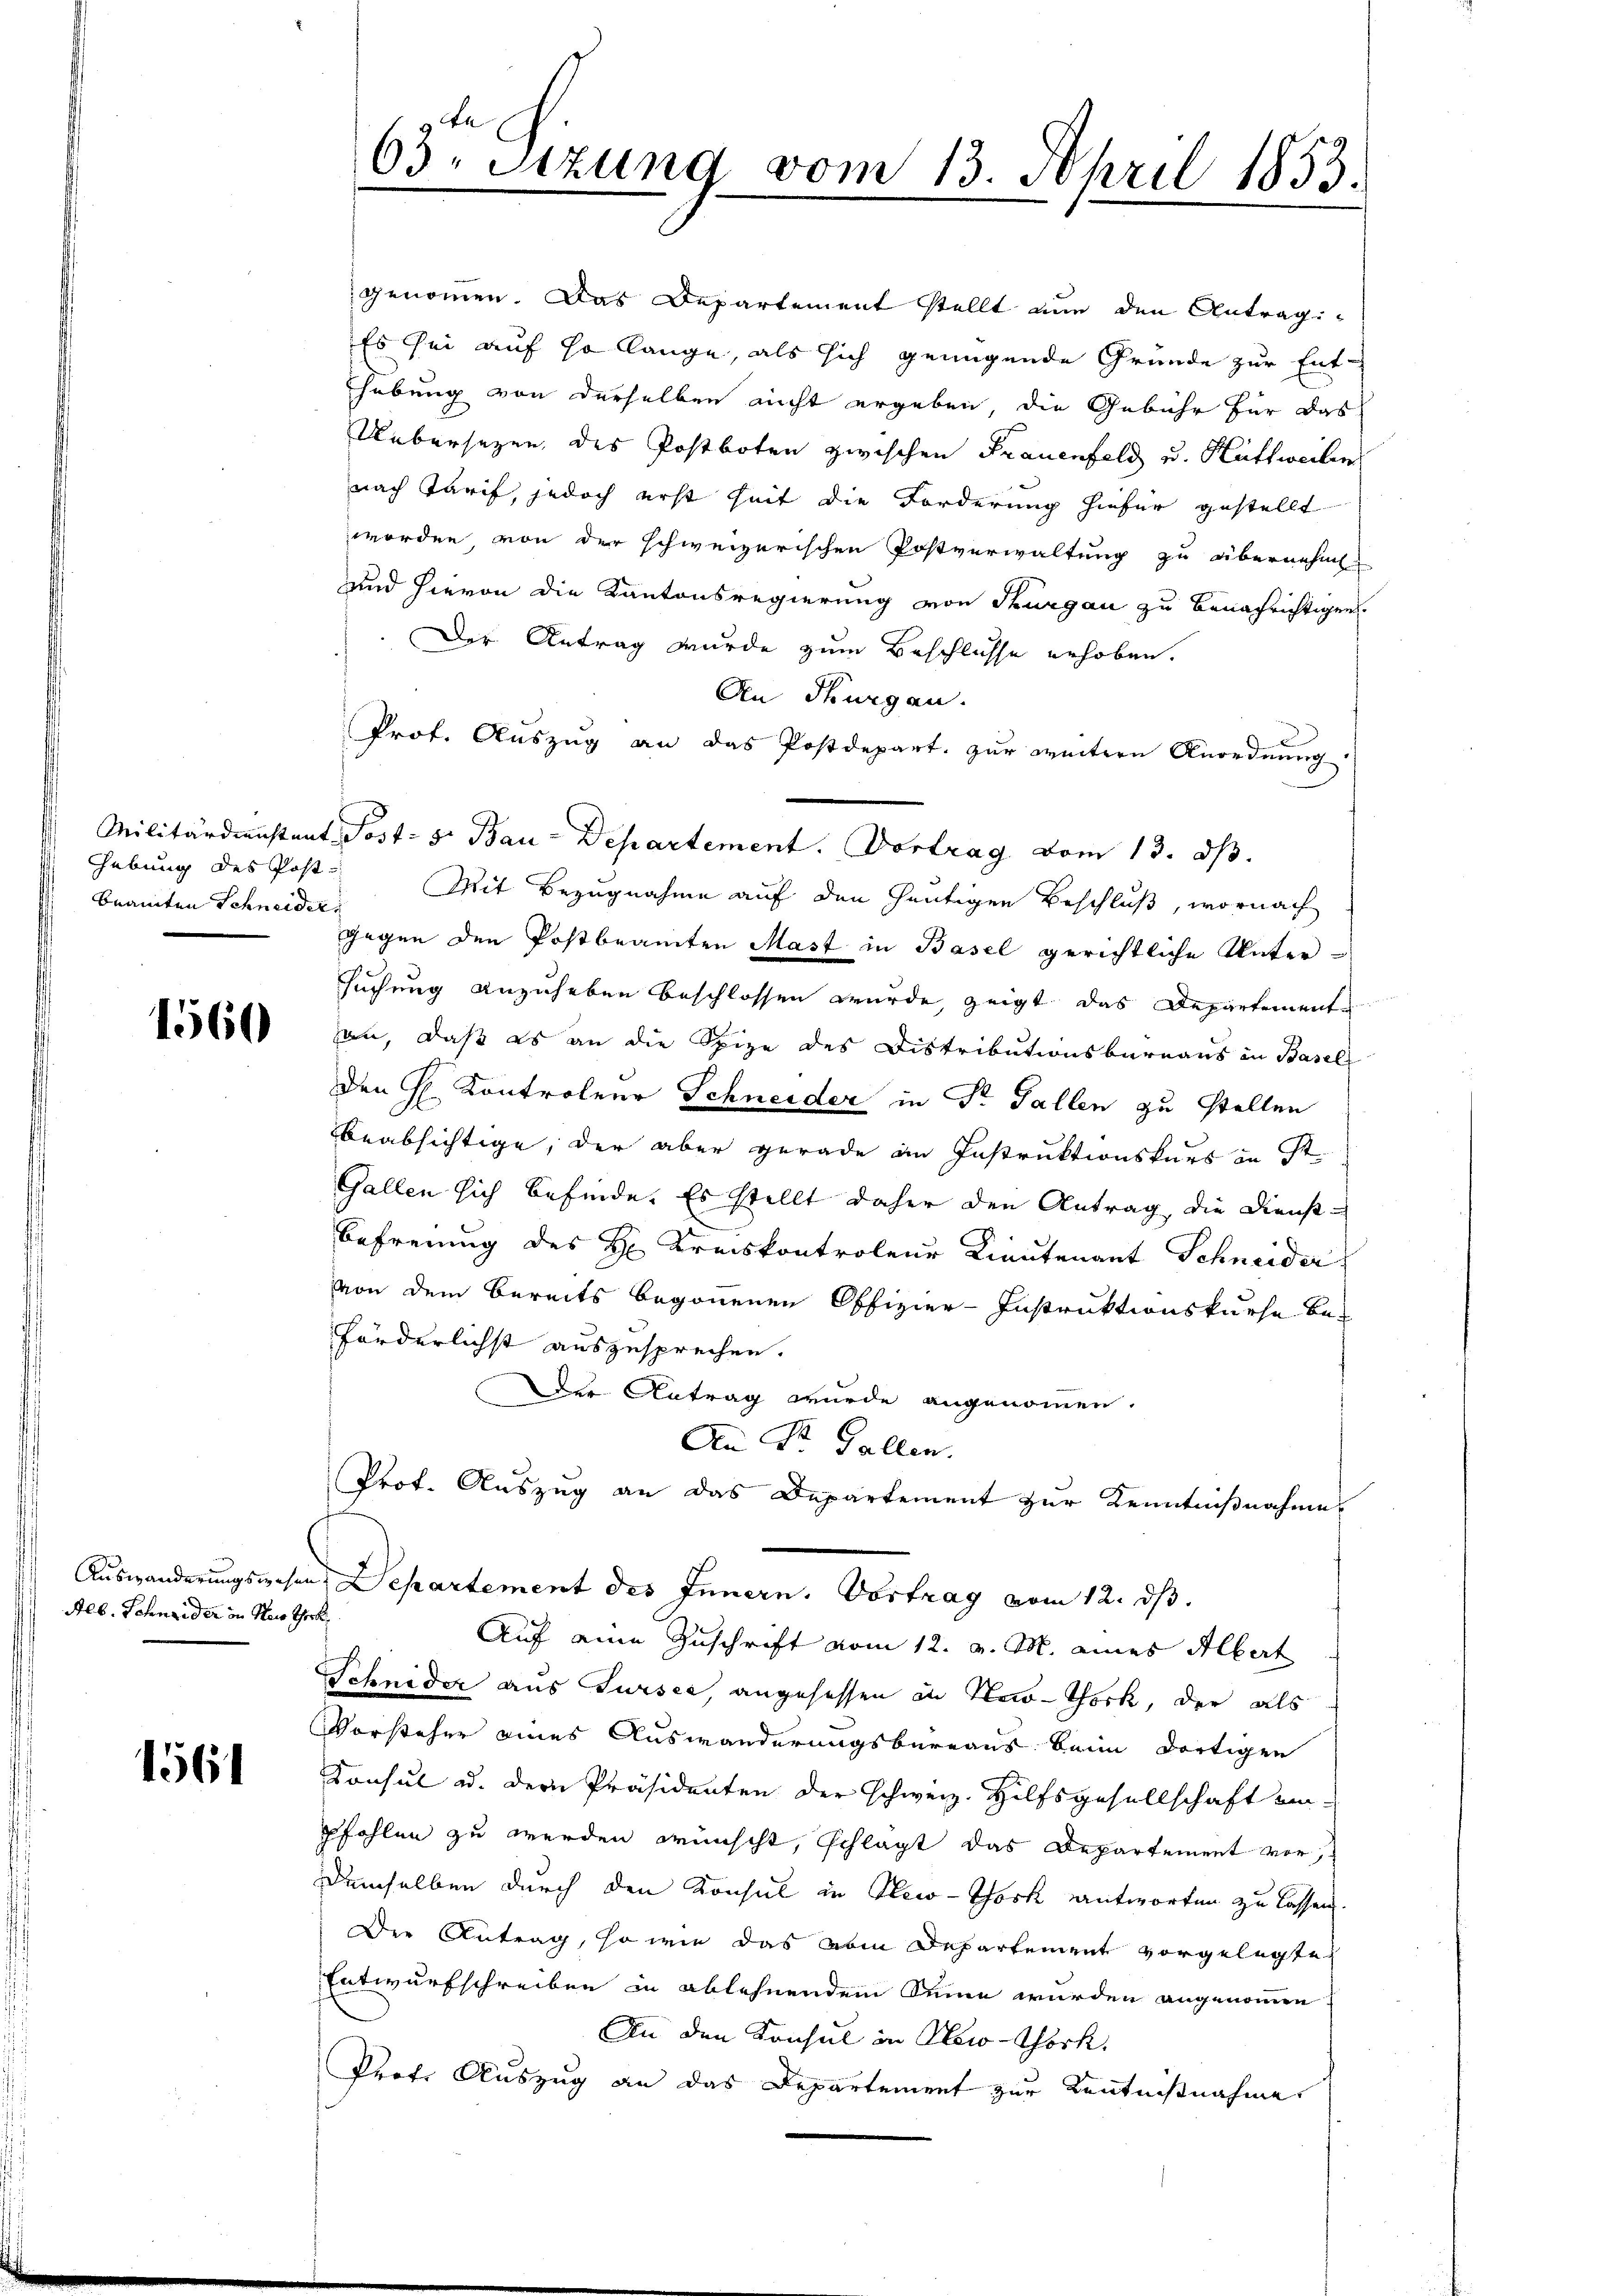
Hebung des Post
beamten Schneider

1560

Alb. Schneider in Seis Thork

1561

63. Sitzung vom 13. April 1853.

genommen. Das Departement stellt nun den Antragi¬
Es sei auf so lange, als sich genügende Gründe zur Ent-
hübung von derselben nicht ergeben, die Gebühr für das
Uebersetzen, des Postboten zwischen Frauenfeld u. Hüttweilen
nach Tarif, jedoch erst seit die Forderung hiefür gestellt
worden von der schweizerischen Postverwaltung zu übernehm
und hievon die Kantonsregierung von Thurgau zu benachrichtigen.
Der Antrag wurde zum Beschlüsse erhoben.
An Thurgau.
Prof. Auszug an das Postdepart. zur weitern Anordnung.
Militärdienstant Post- 5. Bau-Departement. Vortrag vom 13. ds.
Mit Bezugnahme auf den heutigen Beschluß, wornach
gegen den Postbeamten Mast in Basel gerichtliche Untersuchung anzuheben beschlossen wurde, zeigt das Departemente
an, daß es an die Spize des Distributionsbernaus in Basel
Den H. Kontroleur Schneider in Dr. Gallen zu stellen
beabsichtige, der aber gerade in Instruktionskurs in St.
Gallen sich befinde. Es stellt daher den Antrag, die Dienst-
Befreiung des H: Kreiskontroleur Lieutenant Schneider
von dem bereits begonnenen Offizier-Instruktionskurse be-
förderlichst auszusprechen.
Der Antrag wurde angenommen.
An St. Gallen.
Prot. Auszug an das Departement zur Kenntnißnahmes
Auswanderungswesen Departement des Innern. Vortrag vom 12. ds.
Auf eine Zuschrift vom 12. v. M. eines Albert
Schnider aus Sursee, angesessen in New-York, der als
Vorsteher eines Auswanderungsbureaus beim dortigen
Konsul u. der Präsidenten der schweiz. Hilfsgesellschaft am
pfohlen zu werden wünscht, schlägt das Departement vor,
demselben durch den Konsul in New-York entworten zu lassen.
Der Antrag, so wie das vom Departement vorgelegte
Entwurfschreiben in ablehnendem Seine wurden angenommen
An den Konsul in New-Chork
Prof. Auszug an das Departement zur Kenntnißnahme